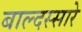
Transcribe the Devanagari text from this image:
बाल्दस्सारे